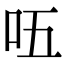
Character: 㕶